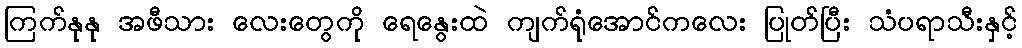
ကြက်နုနု အဖီသား လေးတွေကို ရေနွေးထဲ ကျက်ရုံအောင်ကလေး ပြုတ်ပြီး သံပရာသီးနှင့်